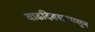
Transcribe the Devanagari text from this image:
वाढदिवसापासुन